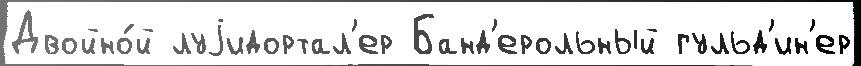
Двойно́й луjидортал'ер Банд'ерольный гульд'ин'ер